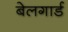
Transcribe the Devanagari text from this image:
बेलगार्ड